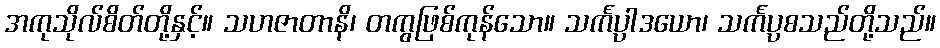
အကုသိုလ်စိတ်တို့နှင့်။ သဟဇာတာနိ၊ တကွဖြစ်ကုန်သော။ သင်္ကပ္ပါဒယော၊ သင်္ကပ္ပစသည်တို့သည်။